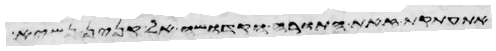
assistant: את התורה הזאת ויתנה אל הכהנים בני